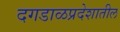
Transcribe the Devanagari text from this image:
दगडाळप्रदेशातील